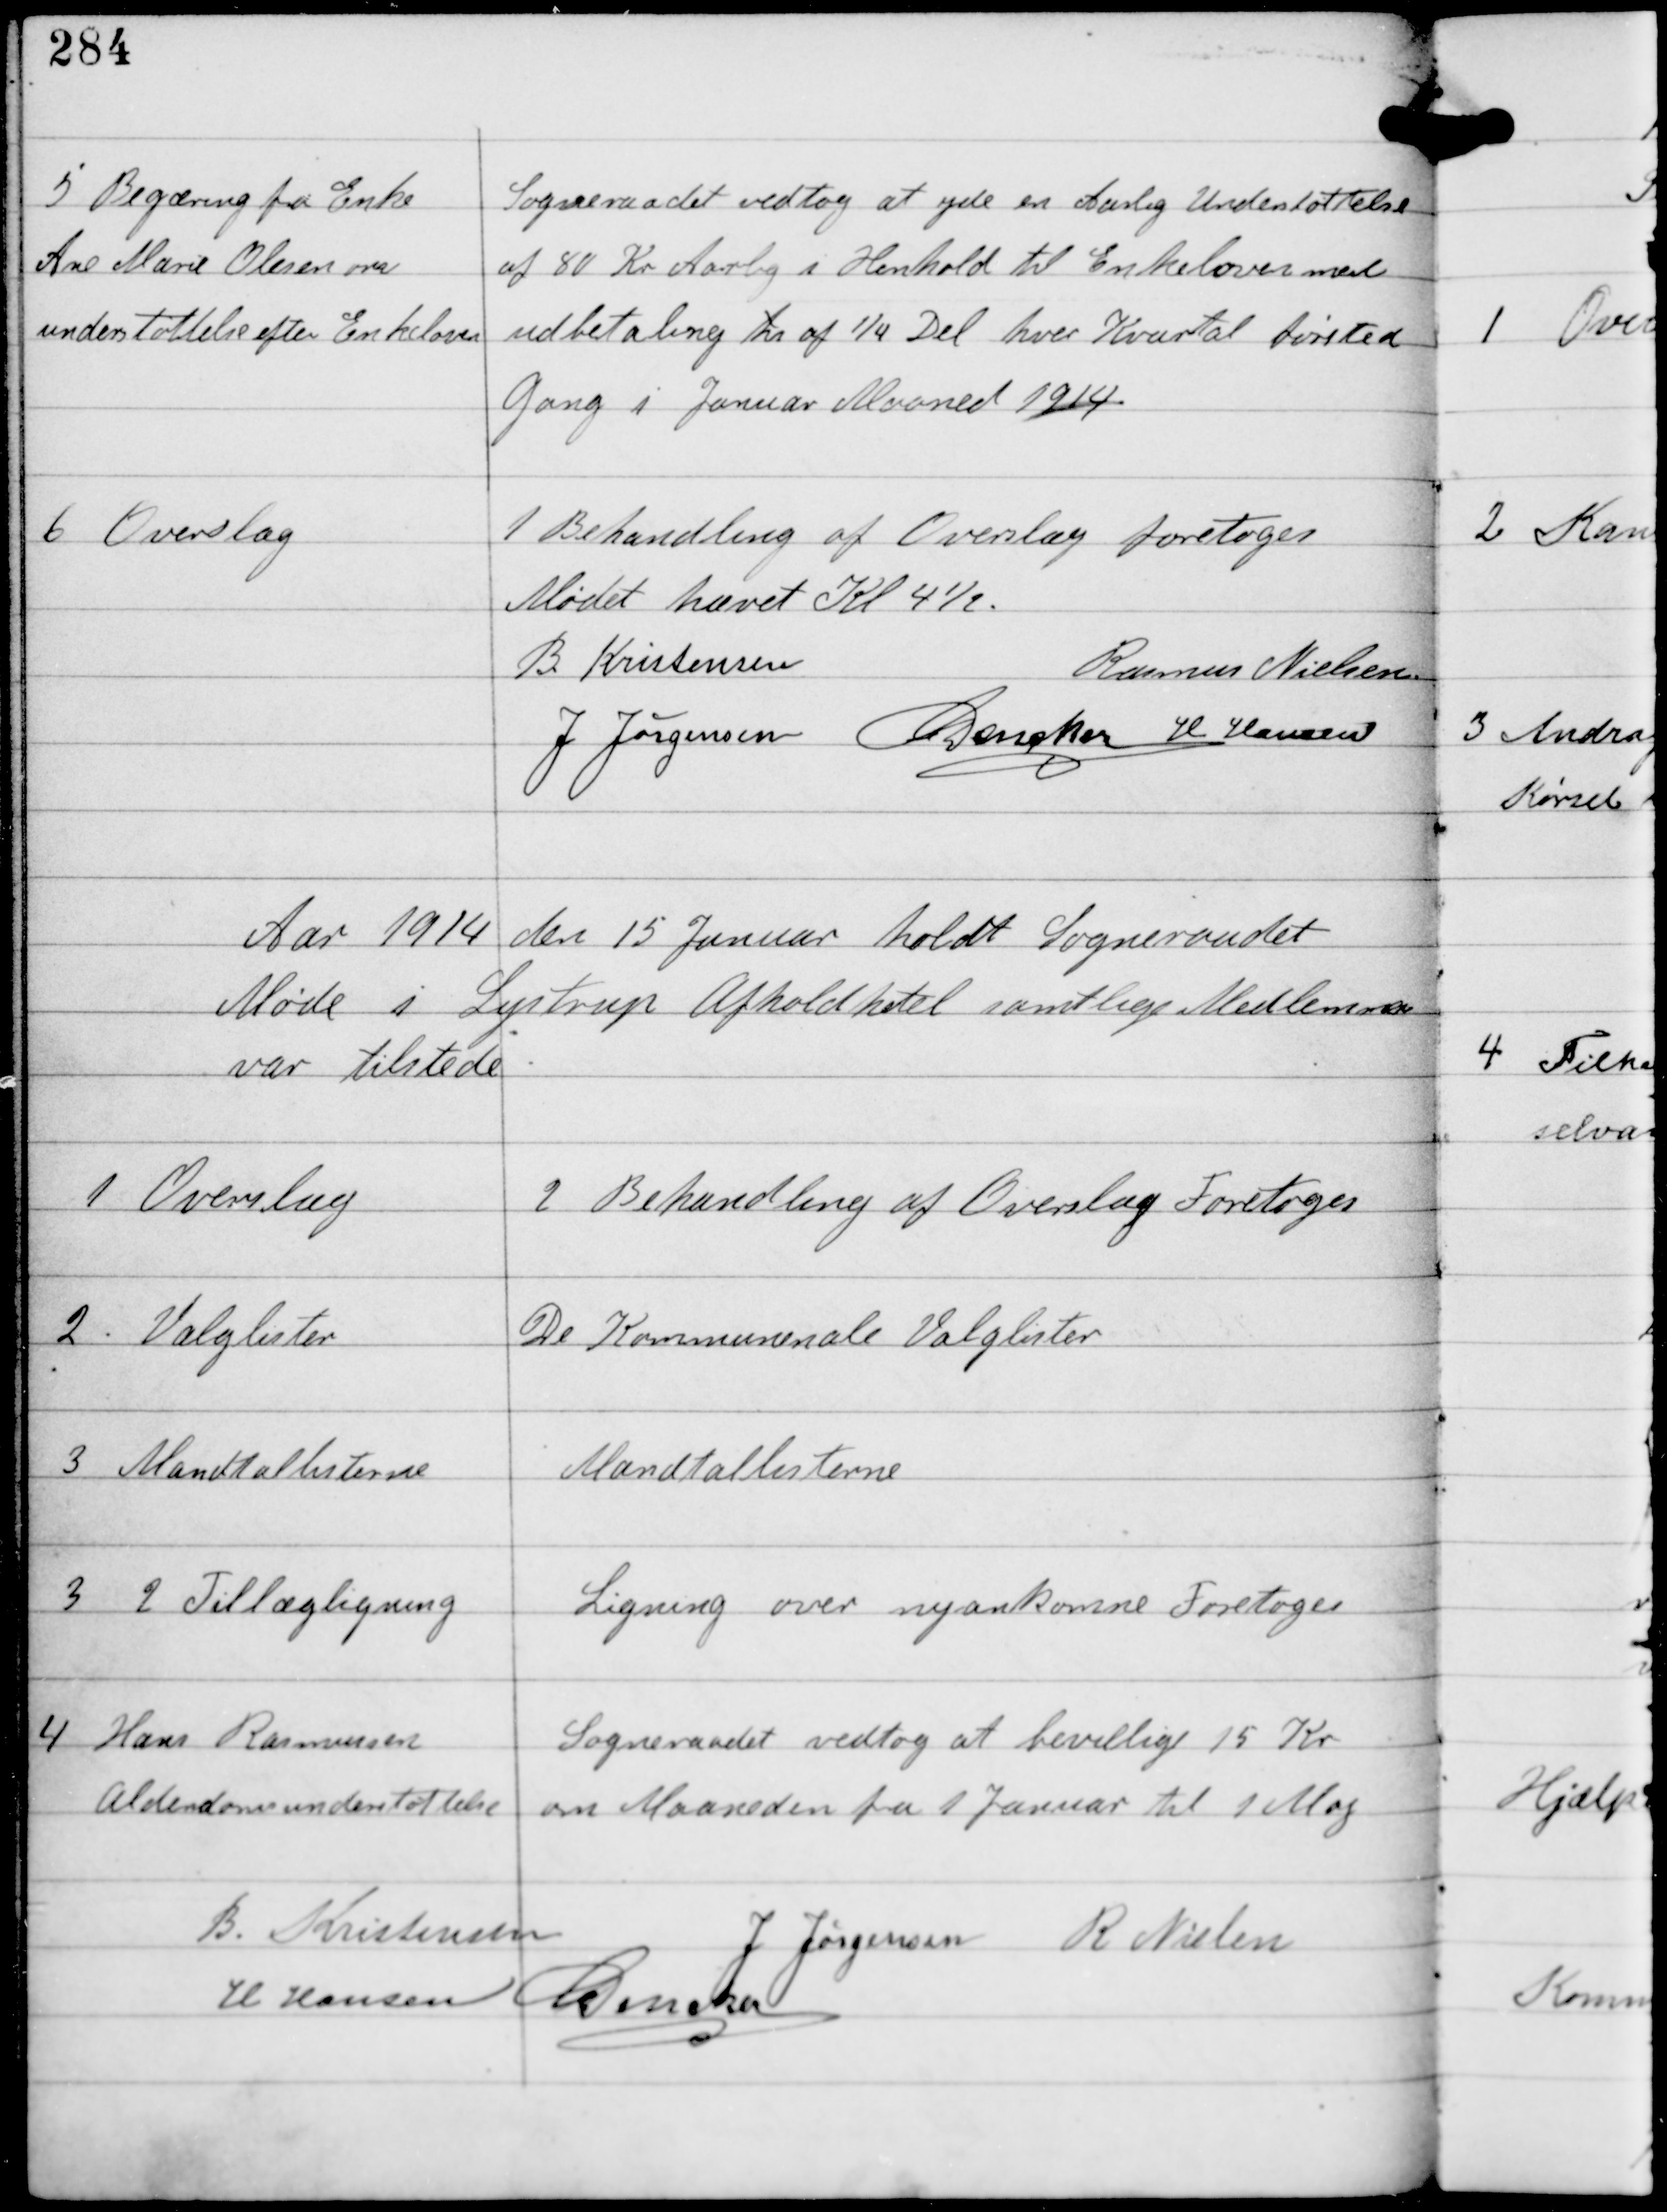
Transskription:
5
Begæring fra Enke
Ane Marie Olesen om
understøttelse efter Enkeloven

Sogneraadet vedtog at yde en Aarlig Understøttelse
af 80 Kr Aarlig i Henhold til Enkeloven med
udbetaling til af ¼ Del hver Kvartal første
Gang i Januar Maaned 1914.

6

Overslag

1 Behandling af Overslag foretoges

Mødet hævet Kl 4½.
B Kristensen
Rasmus Nielsen
J Jørgensen C Dencker H Hansen

Aar 1914 den 15 Januar holdt Sogneraadet
Møde i Lystrup Afholdshotel samtlige Medlemmer
var tilstede

1

Overslag

2 Behandling af Overslag Foretoges

2

Valglister

De Kommunale Valglister

3

Mandtallisterne

Mandtallisterne

3

2 Tillægsligning

Ligning over nyankomne Foretoges

4

Hans Rasmussen
Alderdomsunderstøttelse

Sogneraadet vedtog at bevillige 15 Kr
om Maaneden fra 1 Januar til 1 Maj

B Kristensen
J Jørgensen R Nielsen
H Hansen C Dencker